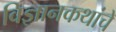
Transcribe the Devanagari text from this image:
विज्ञानकथांचे